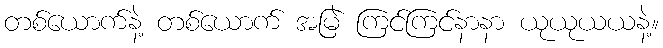
တစ်ယောက်နဲ့ တစ်ယောက် အမြဲ ကြင်ကြင်နာနာ ယုယုယယနဲ့။